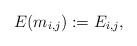
LaTeX: \begin{align*} E ( m_{i , j} ) : = E_{i , j} ,\end{align*}